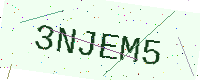
Text: 3NJEM5